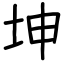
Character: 坤